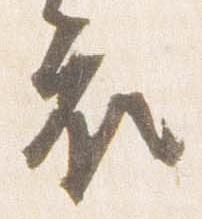
衣